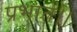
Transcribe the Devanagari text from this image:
प्रभात।।